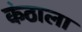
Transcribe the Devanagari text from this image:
कंठाला